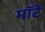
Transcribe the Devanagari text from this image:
मॉटे